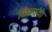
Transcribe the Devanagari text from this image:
सिलाया